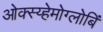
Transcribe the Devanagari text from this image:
ओक्स्य्हेमोग्लोबिं